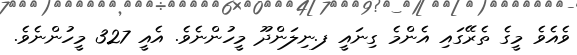
ވެއެވެ މީގެ ތެރޭގައި އެންމެ ގިނައީ ފ.ނިލަންދޫ މީހުންނެވެ. އެއީ 327 މީހުންނެވެ.